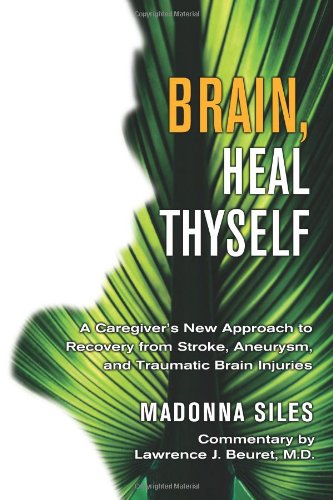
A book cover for Brain, Heal Thyself: A Caregiver's New Approach to Recovery from Stroke, Aneurism, and Traumatic Brain Injury; Madonna Siles; Health, Fitness & Dieting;